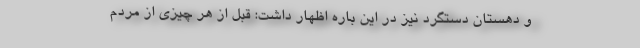
و دهستان دستگرد نیز در این باره اظهار داشت: قبل از هر چیزی از مردم